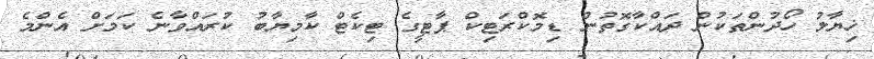
ޚިޔާލު ހޯދުންތަކުން ދައްކާގޮތުން ޑިމޮކްރަޓިކް ޕާޓީގެ ޓިކެޓް ކާމިޔާބު ކުރައްވާނެ ކަމަށް އެންމެ